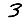
Digit: 3